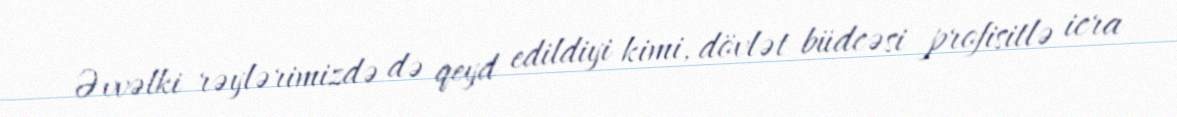
Əvvəlki rəylərimizdə də qeyd edildiyi kimi, dövlət büdcəsi profisitlə icra